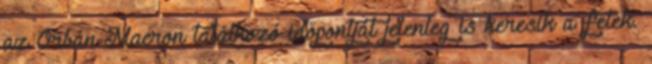
az Orbán-Macron találkozó időpontját jelenleg is keresik a felek.